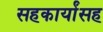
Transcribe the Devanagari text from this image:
सहकार्यांसह